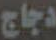
دجاج